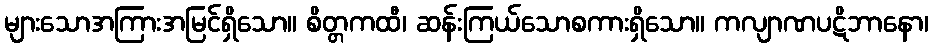
များသောအကြားအမြင်ရှိသော။ စိတ္တကထီ၊ ဆန်းကြယ်သောစကားရှိသော။ ကလျာဏပဋိဘာနော၊